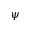
\psi